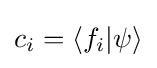
c_{i}=\langle f_{i}|\psi \rangle